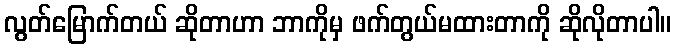
လွတ်မြောက်တယ် ဆိုတာဟာ ဘာကိုမှ ဖက်တွယ်မထားတာကို ဆိုလိုတာပါ။